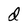
Character: d